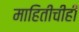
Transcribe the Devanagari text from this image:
माहितीचीही